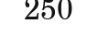
250